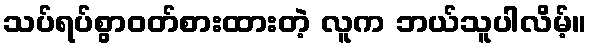
သပ်ရပ်စွာဝတ်စားထားတဲ့ လူက ဘယ်သူပါလိမ့်။